Annual report of the Central Committee of the Association together with the report of the directors of the Pasteur Institute at Kasauli
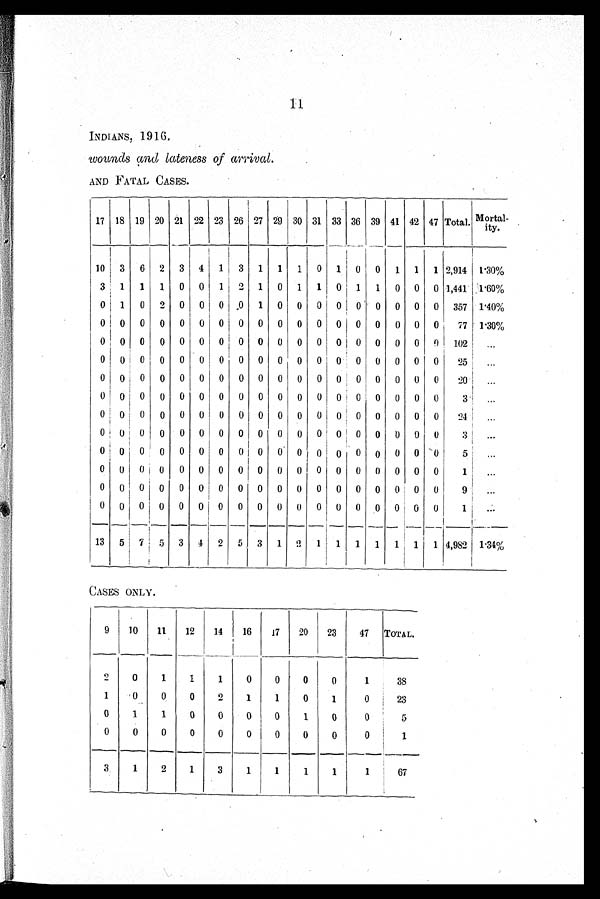
11
INDIANS, 1916.
wounds and lateness of arrival.
AND FATAL CASES.
17 18 19 20 21
_
22 23 26 27 29 30 31 33 36 39 41 42 47 Total. Mortal
-
ity.
10 3 6 2 3 4 1 3 1 1 1 0 1 0 0 1 1 1 2,914 1.30%
3 1
1 1 0 0 1 2 1 0 1 1 0 1 1 0 0 0 1,441 1.60%
0 1 0 2 0 0 0 0 1 0 0 0 0 0 0 0 0 0 357 l.40%
0 0 0 0 0 0 0 0 0 0 0 0 0 0 0 0 0 0
7 7 ' 1.30%
0 0 0 0 0 0 0 0 0 0 0 0 0 0 0 0 0 0 102
...
0 0 0 0 0 0 0 0 0 0 0 0 0 0 0 0 0 0
25
...
0 0 0 0 0 0 0 0 0 0 0 0 0 0 0 0 0 0
20
...
0 0 0 0 0 0 0 0 0 0 0 0 0 0 0 0 0 0
3
0 0 j 0 0 0 0 0 0 0 0 0 0 0 0 0 0 0 0
24
. . .
0 0 0 0 0 0 0 0 0 0 0 0 0 0 0 0 0 0
3
...
0 0 0 0 0 0 0
0 0 0 0 0 0 0
0
0 0 0
5
...
0 0 0
0 0 0 0 0 j 0 0 0 0 0 0 0 0 0 0
1
...
0 0 0 0 0 0 0 0 0 0 0 0 0 0 0 0 0 0
9
...
0 0 0 0 0 0 0 0 0 0 0 0 0 0 0 0 0 0
1 ...
13 5 7 5 3 4 2 5 3 1 2 1 1 1 1 1 1
1
4,982 1 1.34%
CASES ONLY.
9
10
11
12
14
16
17
20
23
47 TOTAL.
2
0
1
1
1
0
0
0
0
1
38
1
0
0
0
2
1
1
0
1
0
23
0
1
1
0
0
0
0
1
0
0
5
0
0
0
0
0
0
0
0
0
0
1
3
1
2
1
3
1
1
1
1
1
67